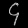
Digit: ၄